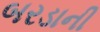
બરડાની